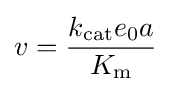
v={\frac {k_{\mathrm {cat} }e_{0}a}{K_{\mathrm {m} }}}